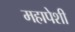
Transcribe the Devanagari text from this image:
महापेशी